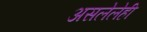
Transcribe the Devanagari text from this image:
असलेलेही